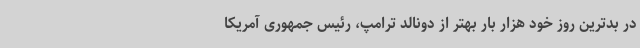
در بدترین روز خود هزار بار بهتر از دونالد ترامپ، رئیس جمهوری آمریکا